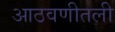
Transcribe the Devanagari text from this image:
आठवणीतली